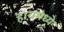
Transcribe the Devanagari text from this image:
हायमध्ये